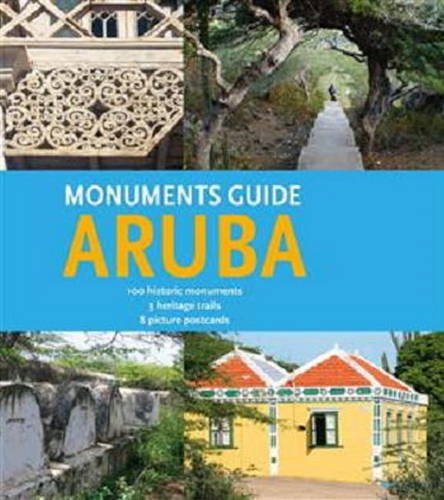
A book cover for Aruba Monuments Guide; Michel Bakker; Travel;